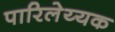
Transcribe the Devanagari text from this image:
पारिलेय्यक